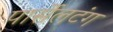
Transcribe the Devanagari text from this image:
पार्सेलटंग